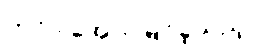
တင်ဒါအောင်မြင်ခဲ့သည့်